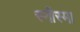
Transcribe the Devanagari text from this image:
स्नीस्मा